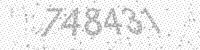
Solution: 748431